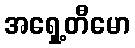
အရှေ့တီမော